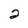
Character: 2